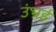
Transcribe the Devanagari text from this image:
उंभ्रई